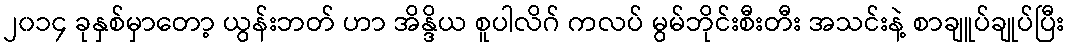
၂၀၁၄ ခုနှစ်မှာတော့ ယွန်းဘတ် ဟာ အိန္ဒိယ စူပါလိဂ် ကလပ် မွမ်ဘိုင်းစီးတီး အသင်းနဲ့ စာချူပ်ချုပ်ပြီး